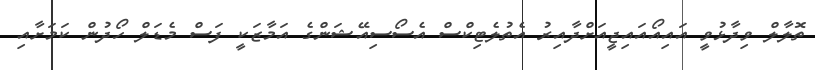
ތޮލާލް ވިދާޅުވީ އައިއޯއައިޖީއަށްދާއިރު އެތުލެޓިކްސް އެސޯސިއޭޝަންގެ އަމާޒަކީ ފަސް މެޑަލް ހޯދުން ކަމަށާއި